Civil Veterinary Department. United Provinces 1923-31 - 1923-1931
Year: 1923
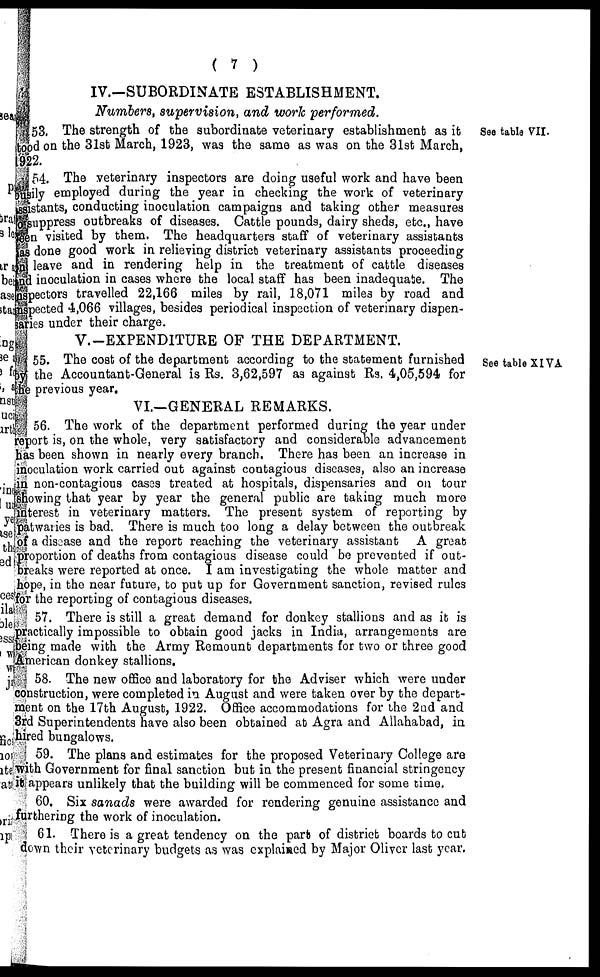
( 7 )
IV.—SUBORDINATE ESTABLISHMENT.
Numbers, supervision, and work performed.
See table VII.
53. The strength of the subordinate veterinary establishment as it
od on the 31st March, 1923, was the same as was on the 31st March,
12.
54. The veterinary inspectors are doing useful work and have been
lily employed during the year in checking the work of veterinary
stants, conducting inoculation campaigns and taking other measures
suppress outbreaks of diseases. Cattle pounds, dairy sheds, etc., have
n visited by them. The headquarters staff of veterinary assistants
done good work in relieving district veterinary assistants proceeding
leave and in rendering help in the treatment of cattle diseases
I inoculation in cases where the local staff has been inadequate. The
pectors travelled 22,166 miles by rail, 18,071 miles by road and
pected 4,066 villages, besides periodical inspection of veterinary dispen-
ies under their charge.
V.-EXPENDITURE OF THE DEPARTMENT.
See table XIVA.
55. The cost of the department according to the statement furnished
the Accountant-General is Rs. 3,62,597 as against Rs. 4,05,594 for
previous year.
VI.—GENERAL REMARKS.
56. The work of the department performed during the year under
port is, on the whole, very satisfactory and considerable advancement
is been shown in nearly every branch. There has been an increase in
oculation work carried out against contagious diseases, also an increase
non-contagious cases treated at hospitals, dispensaries and on tour
kowing that year by year the general public are taking much more
terest in veterinary matters. The present system of reporting by
atwaries is bad. There is much too long a delay between the outbreak
a disease and the report reaching the veterinary assistant A great
oportion of deaths from contagious disease could be prevented if out-
reaks were reported at once. I am investigating the whole matter and
pe, in the near future, to put up for Government sanction, revised rules
r the reporting of contagious diseases.
57. There is still a great demand for donkey stallions and as it is
actically impossible to obtain good jacks in India, arrangements are
ing made with the Army Remount departments for two or three good
merican donkey stallions.
58. The new office and laboratory for the Adviser which were under
nstruction, were completed in August and were taken over by the depart-
mt on the 17th August, 1922. Office accommodations for the 2nd and
d Superintendents have also been obtained at Agra and Allahabad, in
red bungalows.
59. The plans and estimates for the proposed Veterinary College are
th Government for final sanction but in the present financial stringency
appears unlikely that the building will be commenced for some time.
60. Six sanads were awarded for rendering genuine assistance and
rthering the work of inoculation.
61. There is a great tendency on the part of district boards to cut
own their veterinary budgets as was explained by Major Oliver last year.